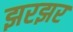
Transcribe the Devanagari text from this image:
झरझर